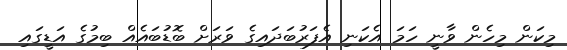
މިކަން މިހެން ވާނީ ހަމަ އެކަނި އެފަރުބަދައިގެ ވަރަށް ބޮޑުބައެއް ބިމުގެ އަޑީގައި